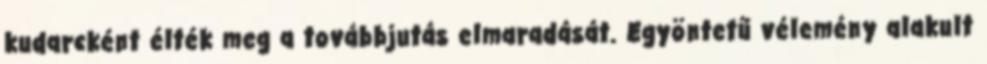
kudarcként élték meg a továbbjutás elmaradását. Egyöntetű vélemény alakult